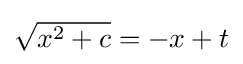
{\textstyle {\sqrt {x^{2}+c}}=-x+t}